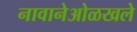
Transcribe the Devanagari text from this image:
नावानेओळखले